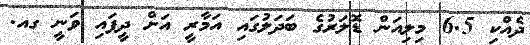
ދެއްކި 6.5 މިލިއަން ޑޮލަރުގެ ބަދަލުގައި އަމާރީ އަށް ދީފައި ވަނީ ގއ.